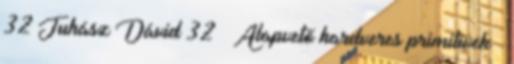
32 Juhász Dávid 32 Alapvető hardveres primitívek ●